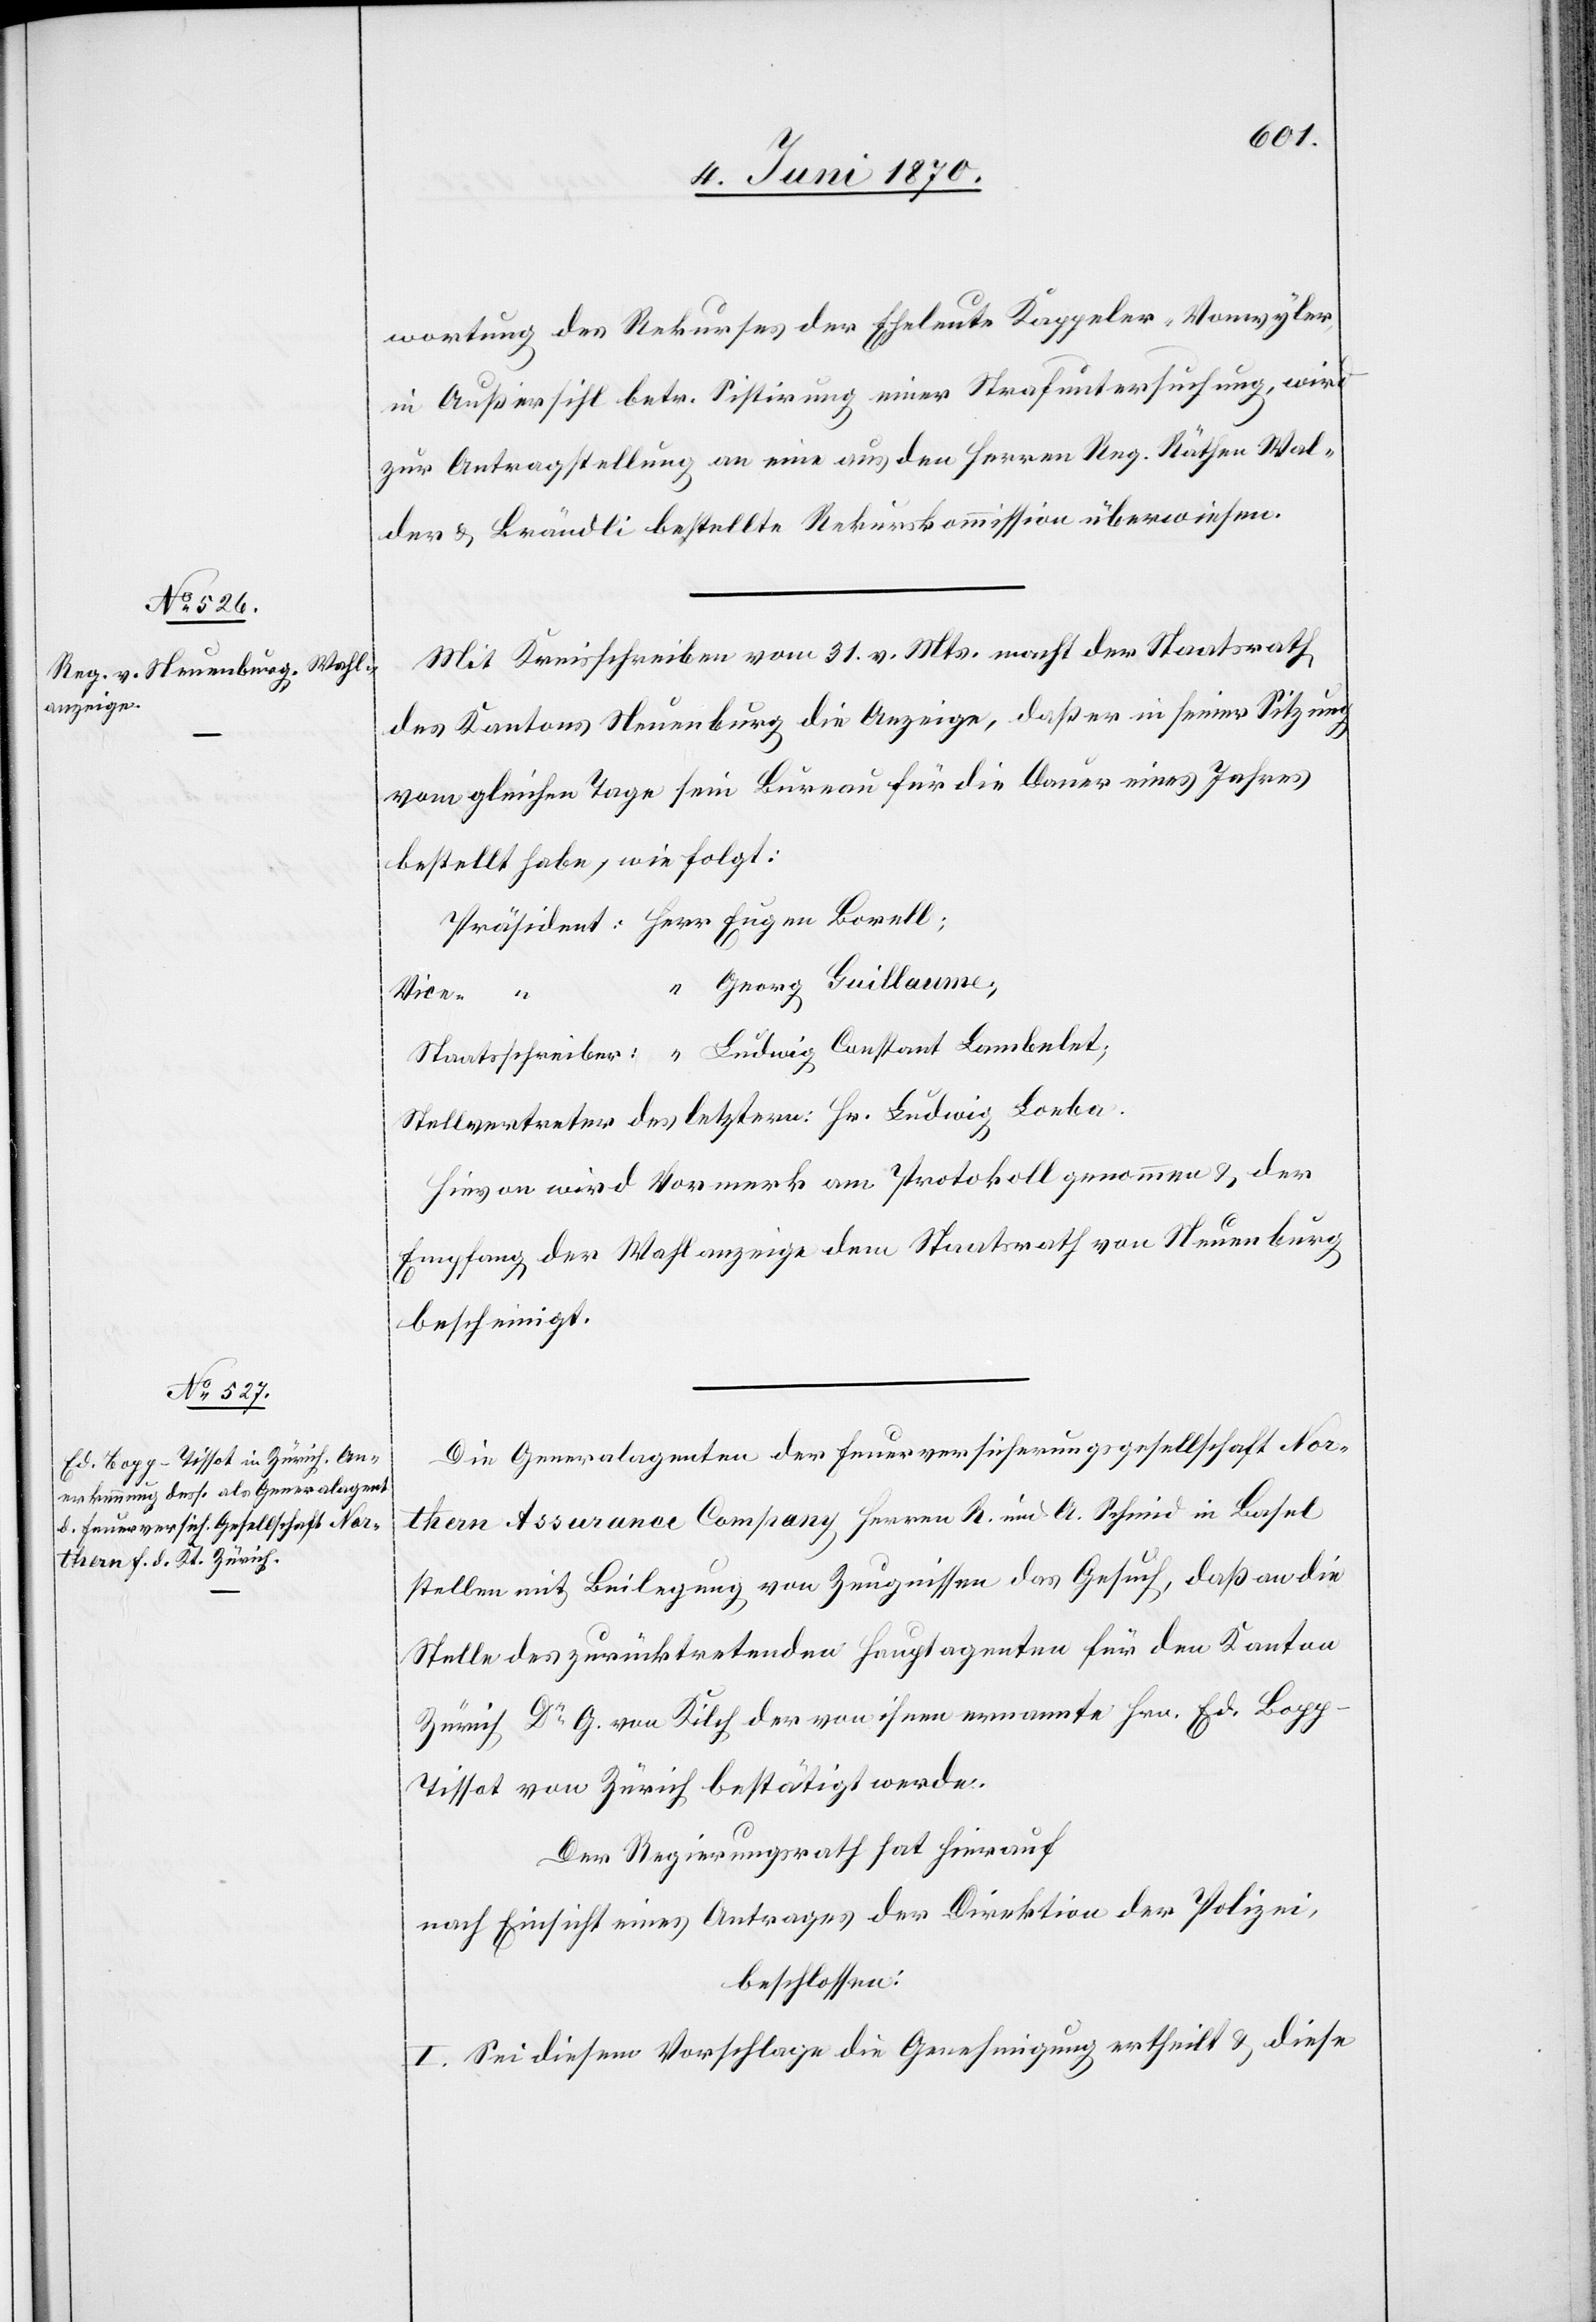
wortung des Rekurses der Eheleute Kappeler-Vonwyler,
in Außersihl betr. Sistirung einer Strafuntersuchung, wird
zur Antragstellung an eine aus den Herren Reg. Räthen Wal¬
der & Brändli bestellte Rekurskommission überwiesen.
Mit Kreisschreiben vom 31. v. Mts. macht der Staatsrath
des Kantons Neuenburg die Anzeige, daß er in seiner Sitzung
vom gleichen Tage sein Bureau für die Dauer eines Jahres
bestellt habe, wie folgt:
Präsident: Herr Eugen Borell;
“ Georg Guillaume,
Vice- “
Staatsschreiber: “ Ludwig Constant Lambelet;
Stellvertreter des letztern: Hr. Ludwig Loeba.
Hievon wird Vormerk am Protokoll genommen & der
Empfang der Wahlanzeige dem Staatsrath von Neuenburg
bescheinigt.
Die Generalagenten der Feuerversicherungsgesellschaft Nor¬
thern Assurance Company, Herrn R. und A. Schmid in Basel[,]
stellen mit Beilegung von Zeugnissen das Gesuch, daß an die
Stelle des zurücktretenden Hauptagenten für den Kanton
Zürich, Dr G. von Kilch[,] der von ihnen ernannte Hr. Ed. Bop¬
p-Tissot von Zürich bestätigt werde.
Der Regierungsrath hat hierauf
nach Einsicht eines Antrages der Direktion der Polizei,
beschlossen:
I. Sei diesem Vorschlage die Genehmigung ertheilt & diese